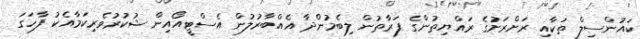
ކައުންސިލް ތަކާއި ރަށްރަށުގެ ރައްޔިތުންގެ ފަރާތުން ލިބެމުންދާ އެއްބާރުލުން އެސްޓީއޯއިން ޝުކުރުވެރިކަމާއެކު ފާހަގަ